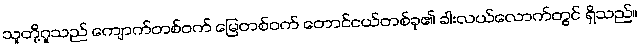
သူတို့ဂူသည် ကျောက်တစ်ဝက် မြေတစ်ဝက် တောင်ငယ်တစ်ခု၏ ခါးလယ်လောက်တွင် ရှိသည်။